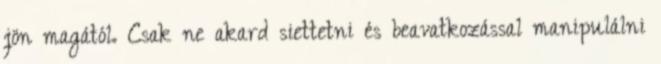
jön magától. Csak ne akard siettetni és beavatkozással manipulálni